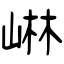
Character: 崊